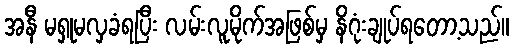
အနီ မရှုမလှခံရပြီး လမ်းလူမိုက်အဖြစ်မှ နိဂုံးချုပ်ရတော့သည်။